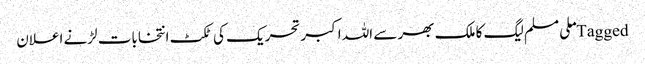
Tagged ملی مسلم لیگ کا ملک بھر سے اللہ اکبر تحریک کی ٹکٹ انتخابات لڑنے اعلان